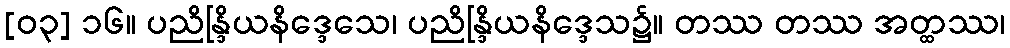
[၀၃] ၁၆။ ပညိန္ဒြိယနိဒ္ဒေသေ၊ ပညိန္ဒြိယနိဒ္ဒေသ၌။ တဿ တဿ အတ္ထဿ၊